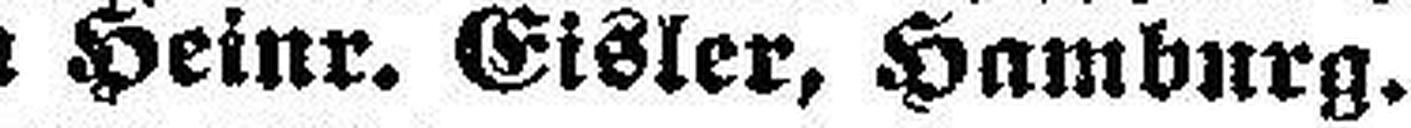
an Heinr. Eisler, Hamburg.